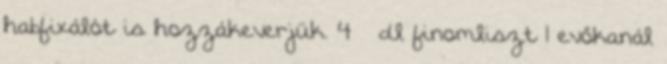
habfixálót is hozzákeverjük. 4 ½ dl finomliszt 1 evőkanál